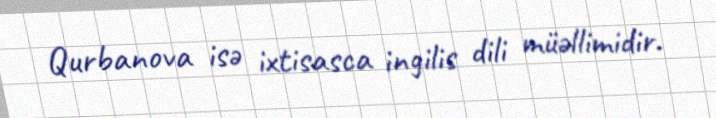
Qurbanova isə ixtisasca ingilis dili müəllimidir.